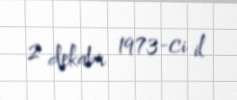
2 dekabr 1973-ci il